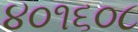
૪૦૧૬૦૮